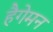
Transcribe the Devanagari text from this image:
हैगेमन